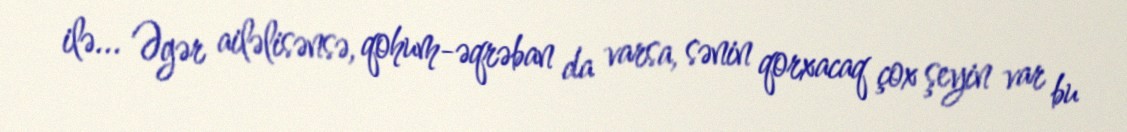
ilə... Əgər ailəlisənsə, qohum-əqrəban da varsa, sənin qorxacaq çox şeyin var bu